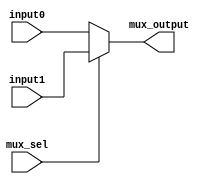
// MUX 
module mux (
    input [31:0] input0 ,
    input [31:0] input1 ,
    input mux_sel ,
    output reg [31:0] mux_output 
);

    always @(*) begin
        if ( mux_sel == 0 )    mux_output = input0 ;       // coming from regfile
        else                   mux_output = input1 ;       // coming directly from the instruction  
    end
    
endmodule